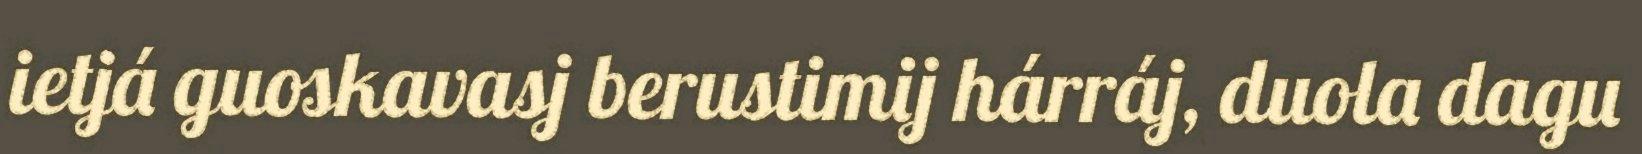
ietjá guoskavasj berustimij hárráj, duola dagu